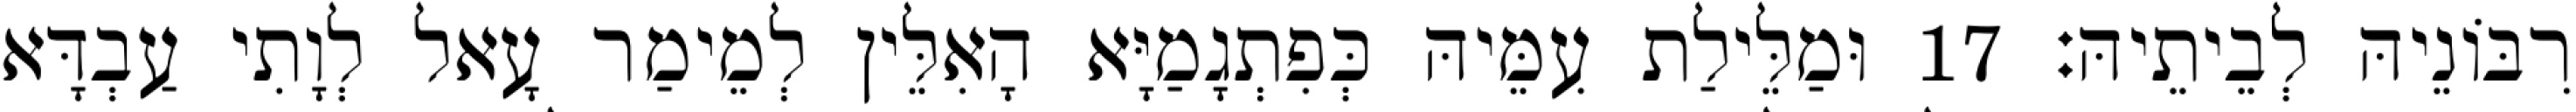
רִבּוֹנֵיהּ לְבֵיתֵיהּ׃ 17 וּמַלֵּילַת עִמֵּיהּ כְּפִתְגָמַיָּא הָאִלֵּין לְמֵימַר עָאל לְוָתִי עַבְדָּא